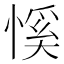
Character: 慀